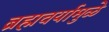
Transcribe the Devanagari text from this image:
ब्रह्मचर्यामुळे